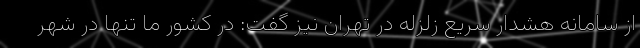
از سامانه هشدار سریع زلزله در تهران نیز گفت: در کشور ما تنها در شهر